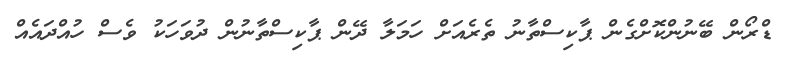
ޑްރޯން ބޭނުންކޮށްގެން ޕާކިސްތާނު ތެރެއަށް ހަމަލާ ދޭން ޕާކިސްތާނުން ދުވަހަކު ވެސް ހުއްދައެއް